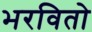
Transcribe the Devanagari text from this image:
भरवितो